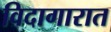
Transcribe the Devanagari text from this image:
विदागारात